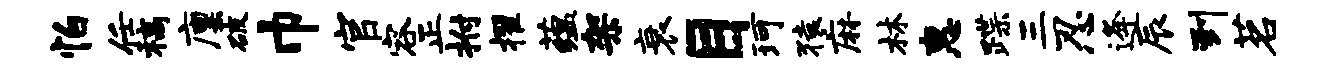
怕任稿廪破巾官容正拊擢蕴架衰目珂猿麻林惠蹀三忍逄辰到茗